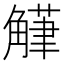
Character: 𮗴